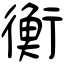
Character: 衡